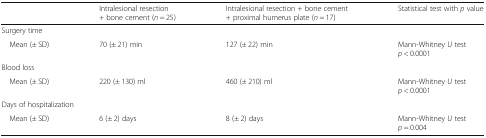
<table><thead><tr><td>[EMPTY_CELL]</td><td><b>Intralesional resection + bone cement (<i>n</i> = 25)</b></td><td><b>Intralesional resection + bone cement + proximal humerus plate (<i>n</i> = 17)</b></td><td><b>Statistical test with <i>p</i> value</b></td></tr></thead><tbody><tr><td colspan="4">Surgery time</td></tr><tr><td> Mean (± SD)</td><td>70 (± 21) min</td><td>127 (± 22) min</td><td>Mann-Whitney <i>U</i> test<i>p</i> &lt; 0.0001</td></tr><tr><td colspan="4">Blood loss</td></tr><tr><td> Mean (± SD)</td><td>220 (± 130) ml</td><td>460 (± 210) ml</td><td>Mann-Whitney <i>U</i> test<i>p</i> &lt; 0.0001</td></tr><tr><td colspan="4">Days of hospitalization</td></tr><tr><td> Mean (± SD)</td><td>6 (± 2) days</td><td>8 (± 2) days</td><td>Mann-Whitney <i>U</i> test<i>p</i> = 0.004</td></tr></tbody></table>